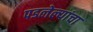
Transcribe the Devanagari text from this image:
पडलेल्यांचा